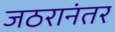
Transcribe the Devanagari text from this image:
जठरानंतर